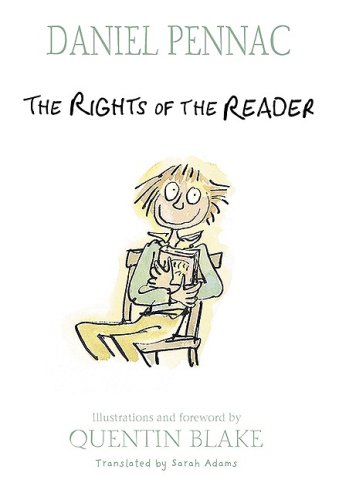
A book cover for The Rights of the Reader; Daniel Pennac; Teen & Young Adult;